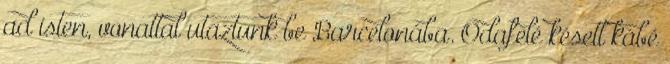
ad isten, vonattal utaztunk be Barcelonába. Odafelé késett kábé